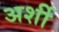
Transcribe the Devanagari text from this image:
अर्शी